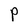
Character: P